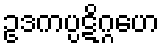
ဥဒကပ္ပဋိဂ္ဂဟေ